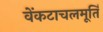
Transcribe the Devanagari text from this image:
वेंकटाचलमूर्ति